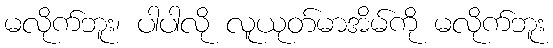
မလိုက်ဘူး၊ ပါပါလို လူယုတ်မာအိမ်ကို မလိုက်ဘူး